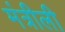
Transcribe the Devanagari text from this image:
मंत्रीली